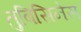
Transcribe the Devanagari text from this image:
तुबिसिनेस